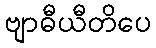
ဗျာဓီယီတိပေ